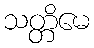
သတ္တိမေ